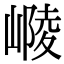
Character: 𡻴